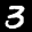
Label: 3